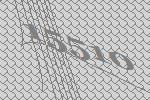
15510